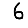
Digit: 6